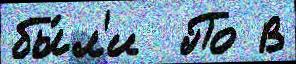
бы́л'и  По В